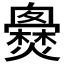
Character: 𤒐